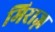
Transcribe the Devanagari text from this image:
मिराज़